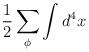
LaTeX: \begin{align*}\frac{1}{2}\sum _{\phi }\int d^{4}x\protect\end{align*}